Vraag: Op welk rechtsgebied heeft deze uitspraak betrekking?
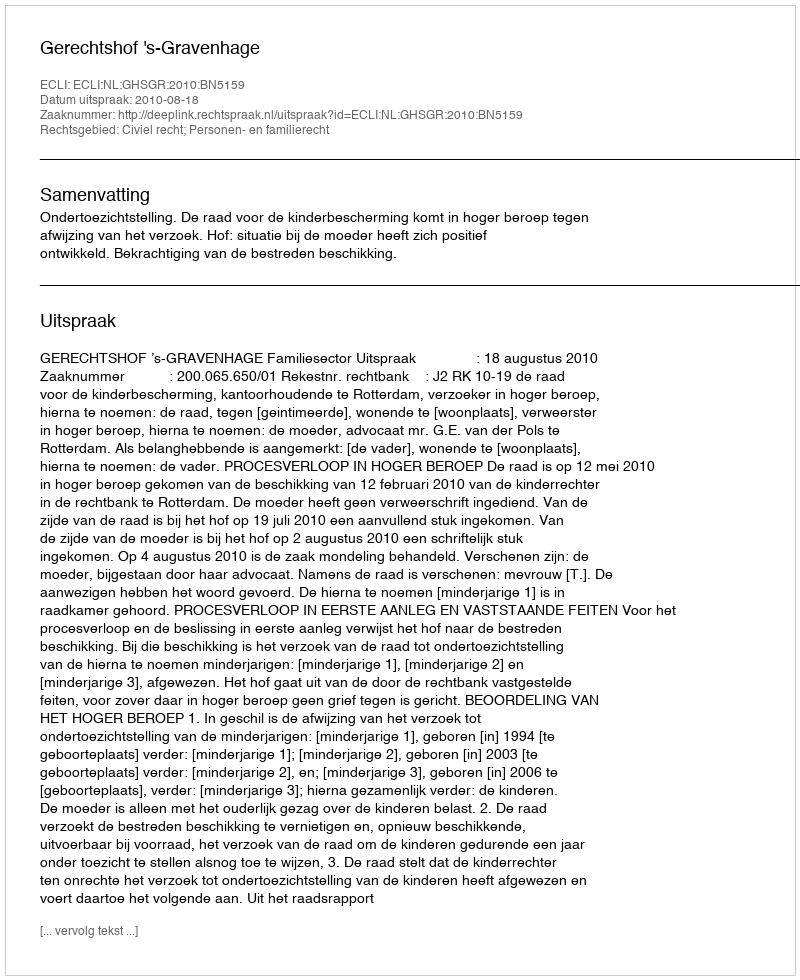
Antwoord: Civiel recht; Personen- en familierecht